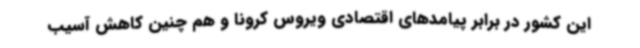
این کشور در برابر پیامدهای اقتصادی ویروس کرونا و هم چنین کاهش آسیب